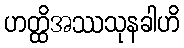
ဟတ္ထိအဿသုနခါဟိ